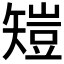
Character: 𥏸